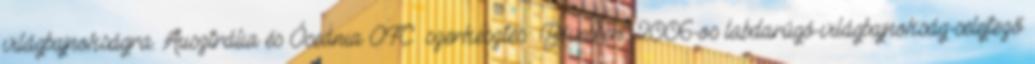
világbajnokságra. Ausztrália és Óceánia OFC szerkesztés Bővebben: 2006-os labdarúgó-világbajnokság-selejtező